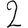
Digit: 2